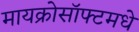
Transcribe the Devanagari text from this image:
मायक्रोसॉफ्टमधे